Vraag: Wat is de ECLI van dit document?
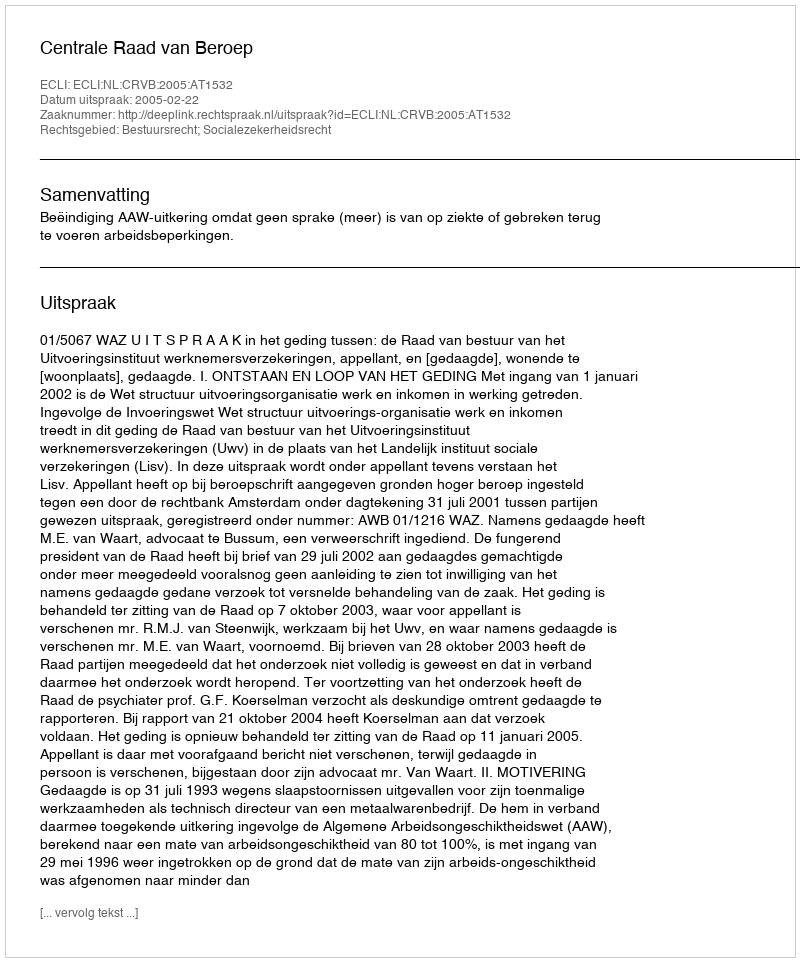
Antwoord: ECLI:NL:CRVB:2005:AT1532